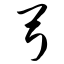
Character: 弓